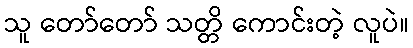
သူ တော်တော် သတ္တိ ကောင်းတဲ့ လူပဲ။